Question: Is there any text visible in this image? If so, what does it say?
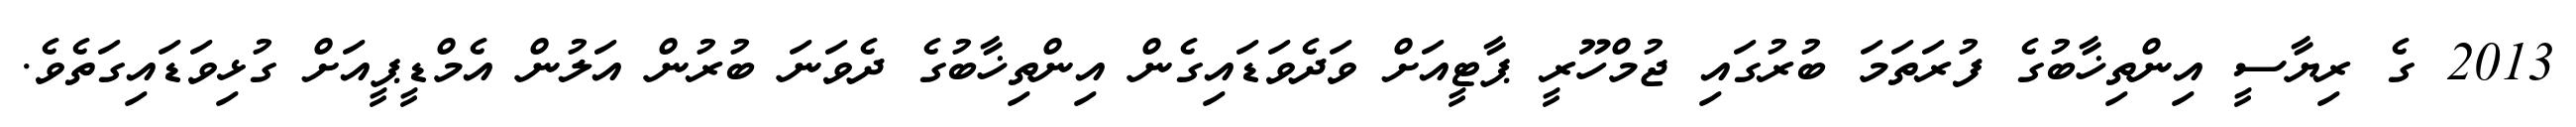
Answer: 2013 ގެ ރިޔާސީ އިންތިޚާބުގެ ފުރަތަމަ ބުރުގައި ޖުމްހޫރީ ޕާޓީއަށް ވަދެވަޑައިގެން އިންތިޚާބުގެ ދެވަނަ ބުރުން އަލުން އެމްޑީޕީއަށް ގުޅިވަޑައިގަތެވެ.